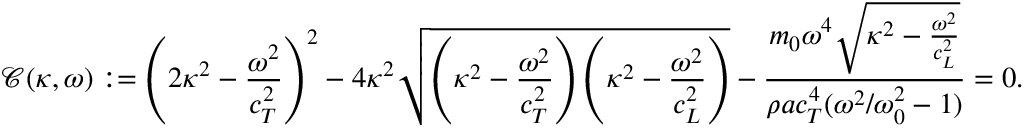
\mathcal { C } ( \kappa , \omega ) : = \left( 2 \kappa ^ { 2 } - \frac { \omega ^ { 2 } } { c _ { T } ^ { 2 } } \right) ^ { 2 } - 4 \kappa ^ { 2 } \sqrt { \left( \kappa ^ { 2 } - \frac { \omega ^ { 2 } } { c _ { T } ^ { 2 } } \right) \left( \kappa ^ { 2 } - \frac { \omega ^ { 2 } } { c _ { L } ^ { 2 } } \right) } - \frac { m _ { 0 } \omega ^ { 4 } \sqrt { \kappa ^ { 2 } - \frac { \omega ^ { 2 } } { c _ { L } ^ { 2 } } } } { \rho a c _ { T } ^ { 4 } ( \omega ^ { 2 } / \omega _ { 0 } ^ { 2 } - 1 ) } = 0 .